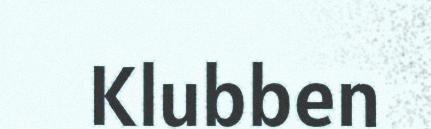
Klubben